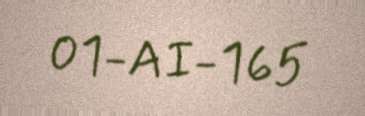
01-AI-165